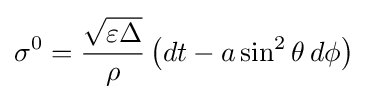
\sigma ^{0}={\frac {\sqrt {\varepsilon \Delta }}{\rho }}\left(dt-a\sin ^{2}\theta \,d\phi \right)